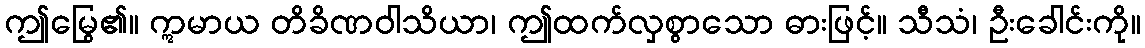
ဤမြွေ၏။ ဣမာယ တိခိဏဝါသိယာ၊ ဤထက်လှစွာသော ဓားဖြင့်။ သီသံ၊ ဦးခေါင်းကို။